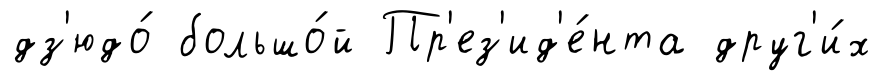
дз'юдо́ большо́й Пр'ез'ид'е́нта друг'и́х